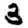
Digit: 3